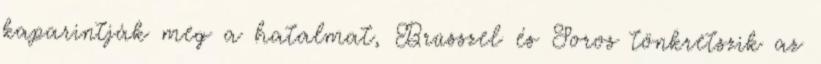
kaparintják meg a hatalmat, Brüsszel és Soros tönkretszik az